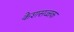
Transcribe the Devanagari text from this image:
केशसज्जक